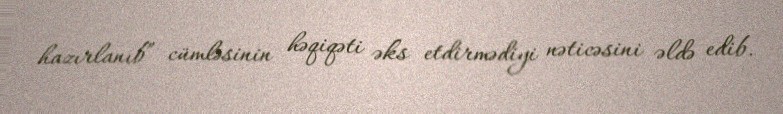
hazırlanıb” cümləsinin həqiqəti əks etdirmədiyi nəticəsini əldə edib.